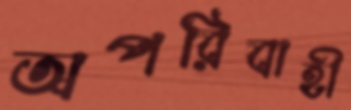
অপরিবাহী